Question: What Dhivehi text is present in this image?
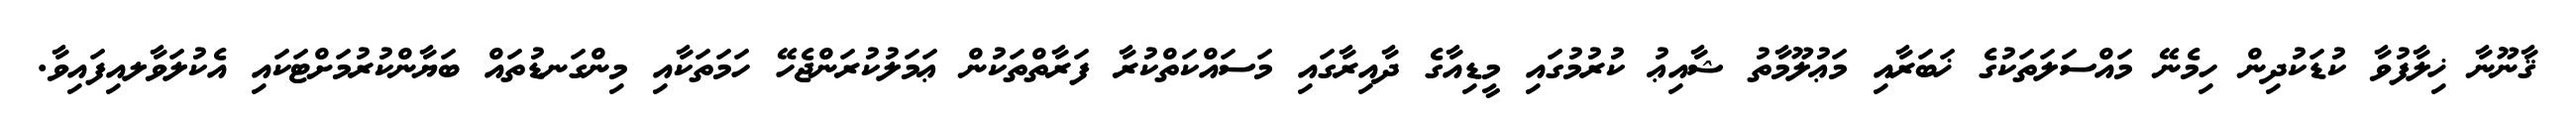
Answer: ޤާނޫނާ ޚިލާފުވާ ކުޑަކުދިން ހިމެނޭ މައްސަލަތަކުގެ ޚަބަރާއި މަޢުލޫމާތު ޝާއިޢު ކުރުމުގައި މީޑިއާގެ ދާއިރާގައި މަސައްކަތްކުރާ ފަރާތްތަކުން ޢަމަލުކުރަންޖެހޭ ހަމަތަކާއި މިންގަނޑުތައް ބަޔާންކުރުމަށްޓަކައި އެކުލަވާލއިފައިވާ.